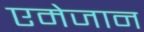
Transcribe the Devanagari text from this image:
एमेजान